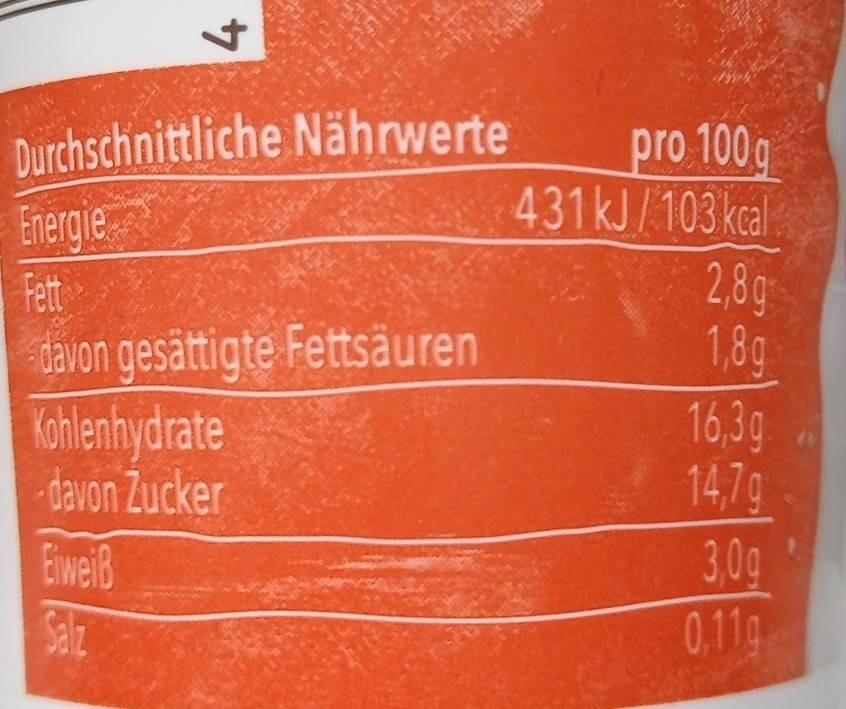
+
Durchschnittliche Nährwerte
Energie
Fett
davon gesättigte Fettsäuren
Kohlenhydrate davon Zucker
Eiweiß
Salz
pro 100g 431 kJ/103 kcal
2,8g
1,8g
16,3g
14,7g
3,0g
0,11g